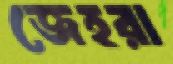
জেহরা